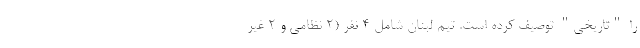
را "تاریخی" توصیف کرده است. تیم لبنان شامل 4 نفر (2 نظامی و 2 غیر